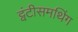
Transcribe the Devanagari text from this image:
ट्वंटीसमथिंग